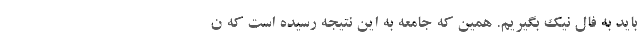
باید به فال نیک بگیریم. همین که جامعه به این نتیجه رسیده است که ن